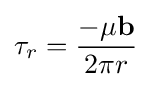
\tau _{r}={\frac {-\mu \mathbf {b} }{2\pi r}}